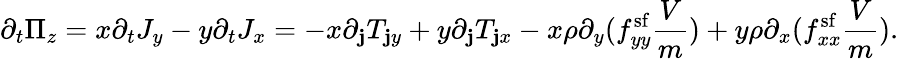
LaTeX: \partial_{t}\Pi_{z}=x\partial_{t}J_{y}-y\partial_{t}J_{x}=-x\partial_{\mathbf{j}}T_{\mathbf{j}y}+y\partial_{\mathbf{j}}T_{\mathbf{j}x}-x\rho\partial_{y}(f_{yy}^{\mathrm{{sf}}}\frac{{V}}{{m}})+y\rho\partial_{x}(f_{xx}^{\mathrm{{sf}}}\frac{{V}}{{m}}).